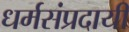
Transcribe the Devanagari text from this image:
धर्मसंप्रदायी